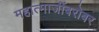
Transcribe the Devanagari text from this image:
महात्माजींबरोबर